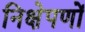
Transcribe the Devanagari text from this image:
निक्षेपणों